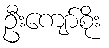
ဦးကျော်စိုး